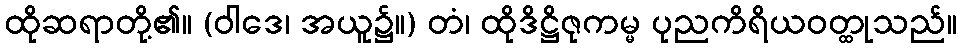
ထိုဆရာတို့၏။ (ဝါဒေ၊ အယူ၌။) တံ၊ ထိုဒိဋ္ဌိဇုကမ္မ ပုညကိရိယဝတ္ထုသည်။